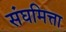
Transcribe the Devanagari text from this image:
संघमित्ता